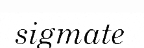
sigmate